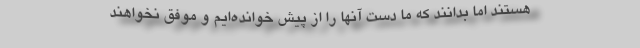
هستند اما بدانند که ما دست آنها را از پیش خوانده‌ایم و موفق نخواهند